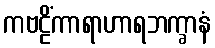
ကဗဠိံကာရာဟာရဘက္ခာနံ